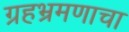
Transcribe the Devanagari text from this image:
ग्रहभ्रमणाचा